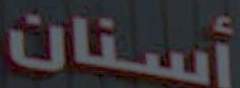
أسنان